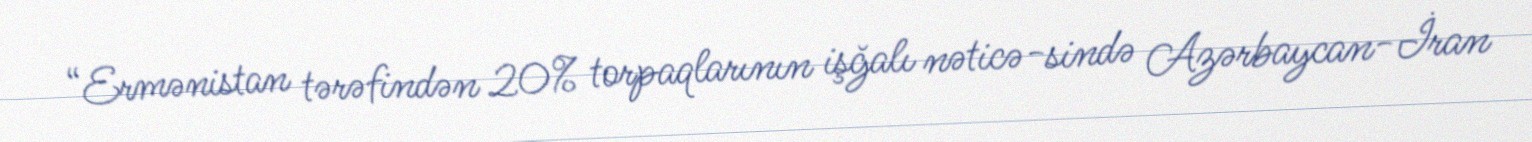
“Ermənistan tərəfindən 20% torpaqlarının işğalı nəticə­sində Azərbaycan-İran